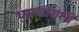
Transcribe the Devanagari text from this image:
घुसखोरांशी